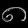
Digit: ၈